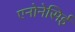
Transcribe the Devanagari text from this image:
एनोनेसिई